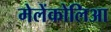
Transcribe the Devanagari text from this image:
मेलेंकोलिआ